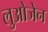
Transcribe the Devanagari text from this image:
लुओजेन